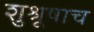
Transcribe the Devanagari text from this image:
शुश्रूषाच